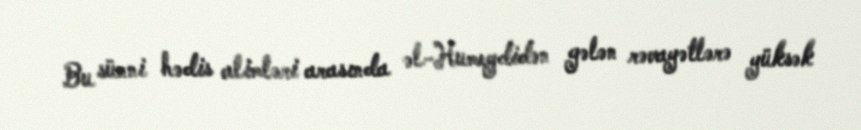
Bu sünni hədis alimləri arasında əl-Humeydidən gələn rəvayətlərə yüksək